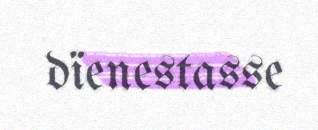
dïenestasse